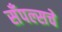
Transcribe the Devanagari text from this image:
सँपल्सचे